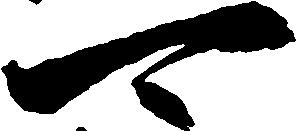
可